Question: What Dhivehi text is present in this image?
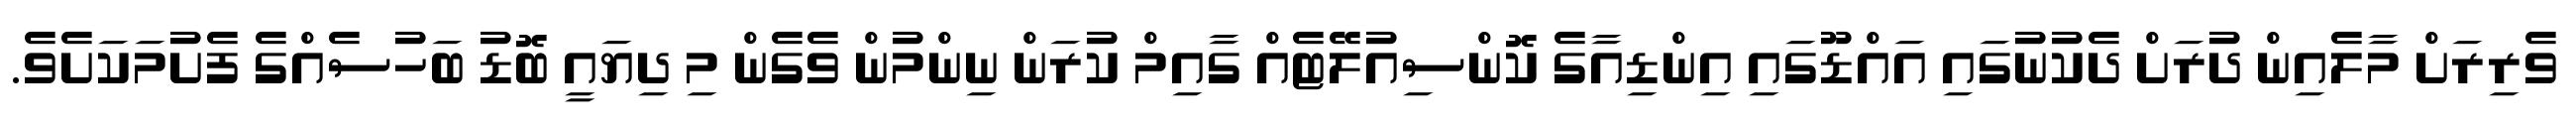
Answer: ވެރިރަށް މާލެއިން ދުރަށް ދެކުނުގައި އައްޑޫގައި އިންޑިއާގެ ކޮންސިއުލޭޓެއް ގާއިމް ކުރަން ނިންމުން ވެގެން މި ދިޔައީ ބޮޑު ބަހުސެއްގެ ފެށުމަކަށެވެ.